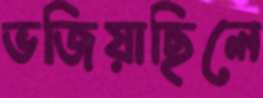
ভজিয়াছিলে